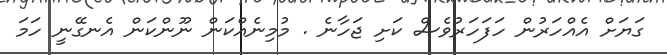
ގަޔަށް އެއްހަރުން ހަފަހަރުވެސް ކަށި ޖަހާނެ . މުމިނެއްކަން ނޫންކަން އެނގޭނީ ހަމަ